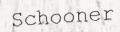
Schooner